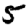
Digit: 5